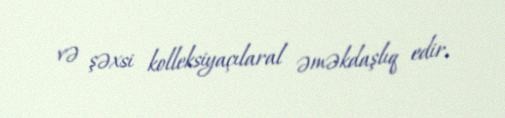
və şəxsi kolleksiyaçılaral əməkdaşlıq edir.